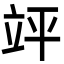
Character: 𮄪